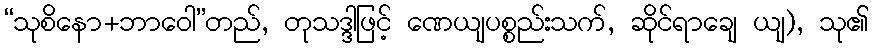
“သုစိနော+ဘာဝေါ”တည်, တုသဒ္ဒါဖြင့် ဏေယျပစ္စည်းသက်, ဆိုင်ရာချေ ယျ), သု၏